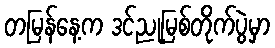
တမြန်နေ့က ဒင်ညုမြစ်တိုက်ပွဲမှာ